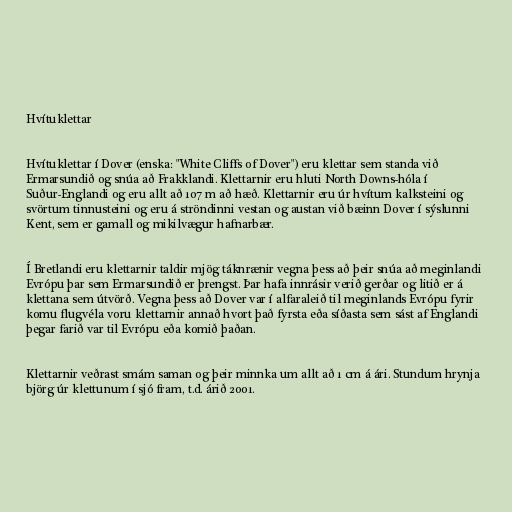
Hvítuklettar

Hvítuklettar í Dover (enska: "White Cliffs of Dover") eru klettar sem standa við
Ermarsundið og snúa að Frakklandi. Klettarnir eru hluti North Downs-hóla í
Suður-Englandi og eru allt að 107 m að hæð. Klettarnir eru úr hvítum kalksteini og
svörtum tinnusteini og eru á ströndinni vestan og austan við bæinn Dover í sýslunni
Kent, sem er gamall og mikilvægur hafnarbær.

Í Bretlandi eru klettarnir taldir mjög táknrænir vegna þess að þeir snúa að meginlandi
Evrópu þar sem Ermarsundið er þrengst. Þar hafa innrásir verið gerðar og litið er á
klettana sem útvörð. Vegna þess að Dover var í alfaraleið til meginlands Evrópu fyrir
komu flugvéla voru klettarnir annað hvort það fyrsta eða síðasta sem sást af Englandi
þegar farið var til Evrópu eða komið þaðan.

Klettarnir veðrast smám saman og þeir minnka um allt að 1 cm á ári. Stundum hrynja
björg úr klettunum í sjó fram, t.d. árið 2001.